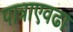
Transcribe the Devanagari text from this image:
पात्राएवढा